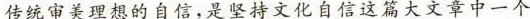
传统审美理想的自信,是坚持2文化自信这篇大文章中一个